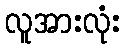
လူအားလုံး